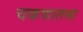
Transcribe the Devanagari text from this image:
चकफातमा